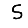
Digit: 5